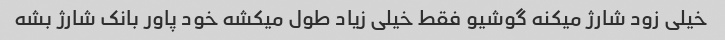
خیلی زود شارژ میکنه گوشیو فقط خیلی زیاد طول میکشه خود پاور بانک شارژ بشه